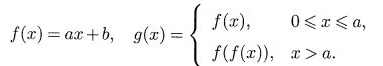
f(x)=ax+b， $$g(x)= \begin{cases} f(x),0 \leqslant x \leqslant a, \\\\ f(f(x)),x>a. \end{cases}$$